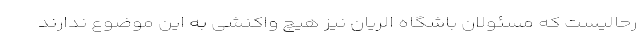
رحالیست که مسئولان باشگاه الریان نیز هیچ واکنشی به این موضوع ندارند